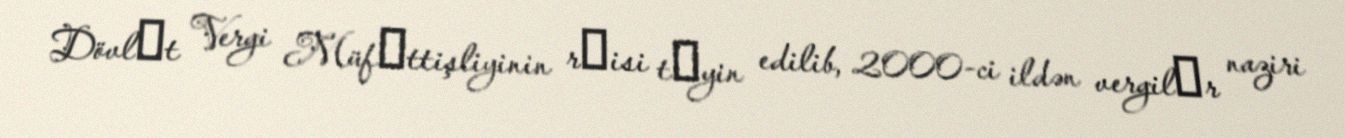
Dövlәt Vergi Müfәttişliyinin rәisi tәyin edilib, 2000-ci ildən vergilәr naziri